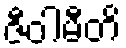
ဇီဝါမီတိ